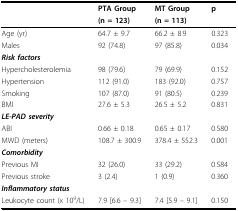
|  | PTA Group | MT Group | p |
 |  | (n = 123) | (n = 113) |  |
 | --- | --- | --- | --- |
 | Age (yr) | 64.7 ± 9.7 | 66.2 ± 8.9 | 0.323 |
 | Males | 92 (74.8) | 97 (85.8) | 0.034 |
 | Risk factors |  |  |  |
 | Hypercholesterolemia | 98 (79.6) | 79 (69.9) | 0.152 |
 | Hypertension | 112 (91.0) | 183 (92.0) | 0.757 |
 | Smoking | 107 (87.0) | 91 (80.5) | 0.239 |
 | BMI | 27.6 ± 5.3 | 26.5 ± 5.2 | 0.831 |
 | LE-PAD severity |  |  |  |
 | ABI | 0.66 ± 0.18 | 0.65 ± 0.17 | 0.580 |
 | MWD (meters) | 108.7 ± 300.9 | 378.4 ± 552.3 | 0.001 |
 | Comorbidity |  |  |  |
 | Previous MI | 32 (26.0) | 33 (29.2) | 0.584 |
 | Previous stroke | 3 (2.4) | 1 (0.9) | 0.360 |
 | Inflammatory status |  |  |  |
 | Leukocyte count (x 109/L) | 7.9 [6.6 – 9.3] | 7.4 [5.9 – 9.1] | 0.150 |